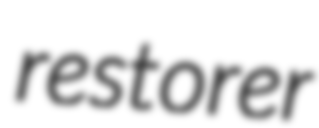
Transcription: restorer